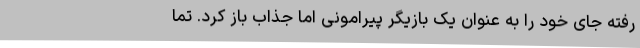
رفته جای خود را به عنوان یک بازیگر پیرامونی اما جذاب باز کرد. تما